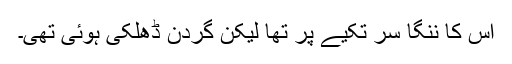
اْس کا ننگا سر تکیے پر تھا لیکن گردن ڈھلکی ہوئی تھی۔